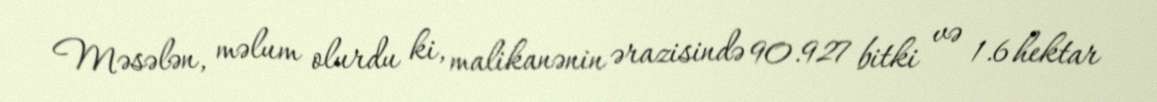
Məsələn, məlum olurdu ki, malikanənin ərazisində 90.927 bitki və 1.6 hektar